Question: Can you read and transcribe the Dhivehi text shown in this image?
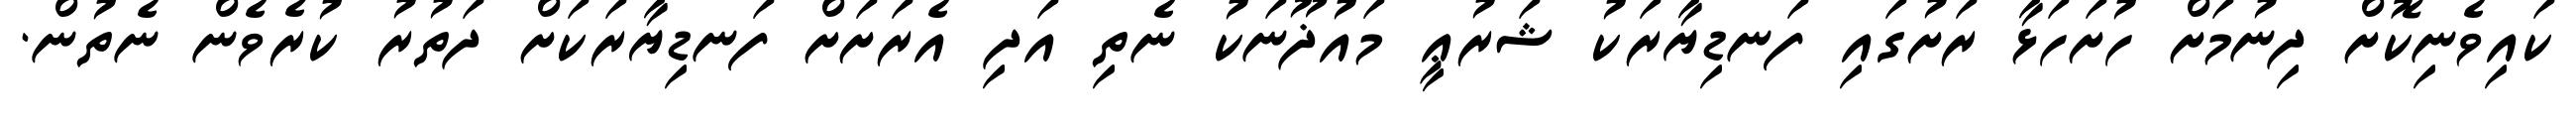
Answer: ކައިވެނިކޮށް ދިނުމަށް ހުށަހަޅާ ރަށުގައި ފަނޑިޔާރަކު ޝަރުޢީ މައުޛޫނަކު ނެތި އަދި އެރަށަށް ފަނޑިޔާރަކަށް ދަތުރު ކުރެވެން ނެތުން.